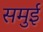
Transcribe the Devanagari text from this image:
समुई